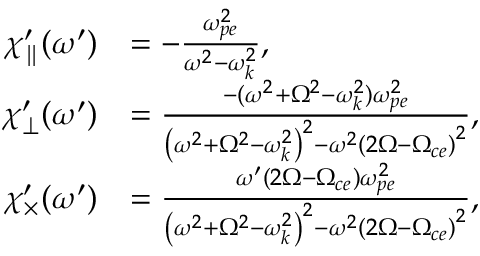
\begin{array} { r l } { \chi _ { \parallel } ^ { \prime } ( \omega ^ { \prime } ) } & { = - \frac { \omega _ { p e } ^ { 2 } } { \omega ^ { 2 } - \omega _ { k } ^ { 2 } } , } \\ { { \chi _ { \perp } ^ { \prime } } ( \omega ^ { \prime } ) } & { = \frac { - ( \omega ^ { 2 } + \Omega ^ { 2 } - \omega _ { k } ^ { 2 } ) \omega _ { p e } ^ { 2 } } { \left( \omega ^ { 2 } + \Omega ^ { 2 } - \omega _ { k } ^ { 2 } \right) ^ { 2 } - \omega ^ { 2 } \left( 2 \Omega - \Omega _ { c e } \right) ^ { 2 } } , } \\ { { \chi _ { \times } ^ { \prime } } ( \omega ^ { \prime } ) } & { = \frac { \omega ^ { \prime } ( 2 \Omega - \Omega _ { c e } ) \omega _ { p e } ^ { 2 } } { \left( \omega ^ { 2 } + \Omega ^ { 2 } - \omega _ { k } ^ { 2 } \right) ^ { 2 } - \omega ^ { 2 } \left( 2 \Omega - \Omega _ { c e } \right) ^ { 2 } } , } \end{array}